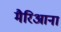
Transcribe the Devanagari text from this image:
मैरिआना